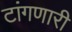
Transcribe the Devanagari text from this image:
टांगणारी